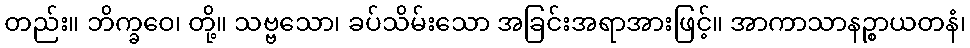
တည်း။ ဘိက္ခဝေ၊ တို့။ သဗ္ဗသော၊ ခပ်သိမ်းသော အခြင်းအရာအားဖြင့်။ အာကာသာနဉ္စာယတနံ၊